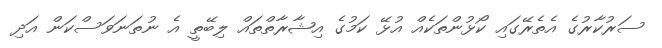
ސަރުކާރުގެ އެތެރޭގައި ކޯޅުންތަކެއް އުޅޭ ކަމުގެ އިޝާރާތްތައް ލިބޭތީ އެ ނުތަނަވަސްކަން އަދި